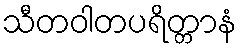
သီတဝါတပရိတ္တာနံ